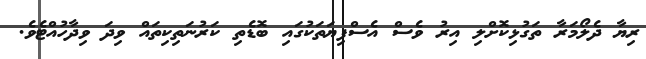
ރިޔާ ދެލޯމަރާ ތަގުޅިކޮށްލި އިރު ވެސް އެސްފިޔަތަކުގައި ބޮޑެތި ކަރުނަތިކިތައް ވިދަ ވިދާހުއްޓެވެ.